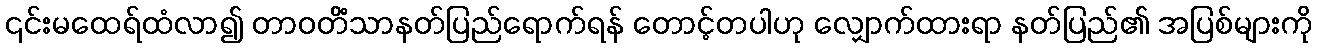
၎င်းမထေရ်ထံလာ၍ တာဝတိံသာနတ်ပြည်ရောက်ရန် တောင့်တပါဟု လျှောက်ထားရာ နတ်ပြည်၏ အပြစ်များကို